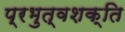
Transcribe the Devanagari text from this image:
प्रभुत्वशक्ति